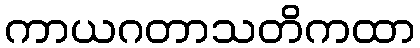
ကာယဂတာသတိကထာ